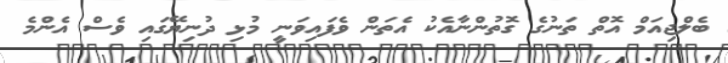
ބެލްޖިއަމް އޮތް ތަނުގެ ގޮތުންނާއެކު އެތަން ވެފައިވަނީ މުޅި ދުނިޔޭގައި ވެސް އެންމެ